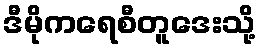
ဒီမိုကရေစီတူဒေးသို့